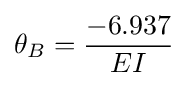
\theta _{B}={\frac {-6.937}{EI}}